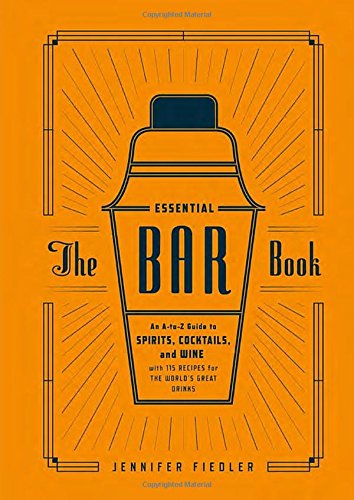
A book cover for The Essential Bar Book: An A-to-Z Guide to Spirits, Cocktails, and Wine, with 115 Recipes for the World's Great Drinks; Jennifer Fiedler; Cookbooks, Food & Wine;